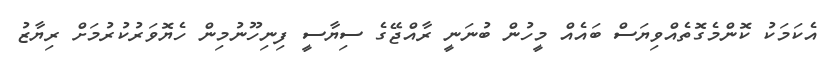
އެކަމަކު ކޮންމެގޮތެއްވިޔަސް ބައެއް މީހުން ބުނަނީ ރާއްޖޭގެ ސިޔާސީ ފިނިހޫނުމިން ހެޔޮވަރުކުރުމަށް ރިޔާޒު